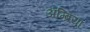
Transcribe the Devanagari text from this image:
अम्ब्रिया